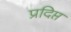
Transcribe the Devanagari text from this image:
प्रदिप्त